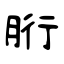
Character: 胻